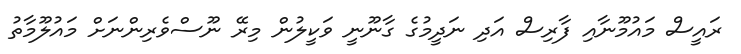
ރައީސް މައުމޫނާއި ފާރިސް އަދި ނަދީމުގެ ގާނޫނީ ވަކީލުން މިރޭ ނޫސްވެރިންނަށް މައުލޫމާތު